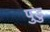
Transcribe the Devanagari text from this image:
पुडु